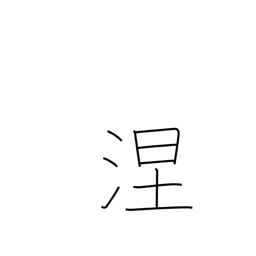
Meaning: black soil